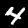
Digit: 4